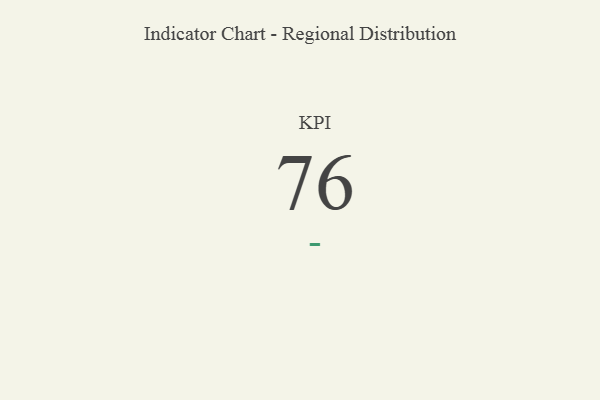
{"axis": {"x": "KPI", "y": "Value"}, "legend": [""], "data": [{"x": "KPI", "y": 76, "type": ""}]}